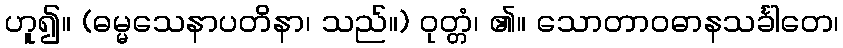
ဟူ၍။ (ဓမ္မသေနာပတိနာ၊ သည်။) ဝုတ္တံ၊ ၏။ သောတာဝဓာနသင်္ခါတေ၊